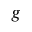
g